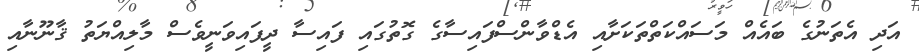
އަދި އެތަނުގެ ބައެއް މަސައްކަތްތަކަށާއި އެޑްވާންސްފައިސާގެ ގޮތުގައި ފައިސާ ދީފައިވަނީވެސް މާލިއްޔަތު ޤާނޫނާއި